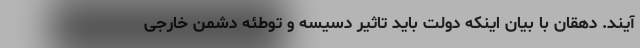
آیند. دهقان با بیان اینکه دولت باید تاثیر دسیسه و توطئه دشمن خارجی